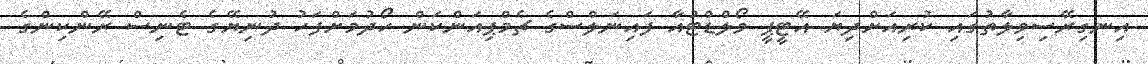
އިނގިރޭސިވިލާތުގައި ކުރިއަށްދިޔަ އޭޓީޕީ ވޯލްޑްޓުއާ ފައިނަލްސްގެ ޗެމްޕިއަންކަން ހޯދުމަށްފަހު ދުނިޔޭގެ ޓެނިސް ރޭންކިންގެ